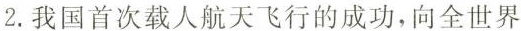
2.我国首次载人航天飞行的成功，向全世界